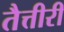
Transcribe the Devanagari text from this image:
तैत्तीरी